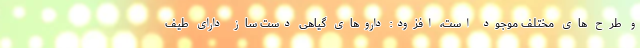
و طرح های مختلف موجود است، افزود: داروهای گیاهی دست ساز دارای طیف